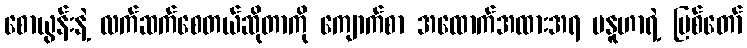
စောယွန်းနဲ့ လက်ဆက်စေတယ်ဆိုတာကို ကျောက်စာ အထောက်အထားအရ မနူဟာရဲ့ မြစ်တော်